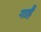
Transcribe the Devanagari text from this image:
गाहैं